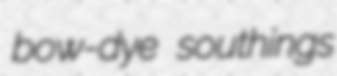
bow-dye southings